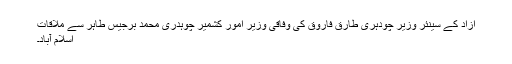
آزاد کے سینئر وزیر چودہری طارق فاروق کی وفاقی وزیر امور کشمیر چوہدری محمد برجیس طاہر سے ملاقات
اسلام آباد۔